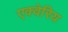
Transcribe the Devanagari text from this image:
एक्वेरिय